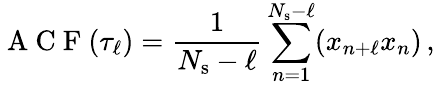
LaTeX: \mathrm{~A~C~F~}(\tau_{\ell})=\frac{1}{N_{\mathrm{s}}-\ell}\sum_{n=1}^{N_{\mathrm{s}}-\ell}(x_{n+\ell}x_{n})\, ,